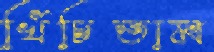
খিঁচিতাম